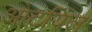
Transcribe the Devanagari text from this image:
ओटयिल